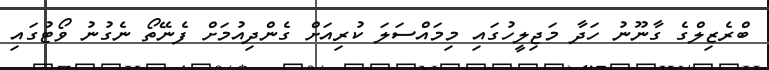
ބްރެޒިލްގެ ގާނޫނު ހަދާ މަޖިލީހުގައި މިމައްސަލަ ކުރިއަށް ގެންދިއުމަށް ފެނޭތޯ ނެގުނު ވޯޓުގައި